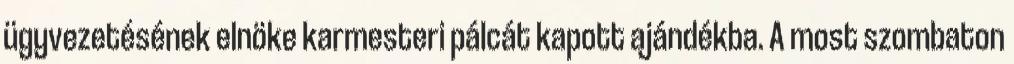
ügyvezetésének elnöke karmesteri pálcát kapott ajándékba. A most szombaton